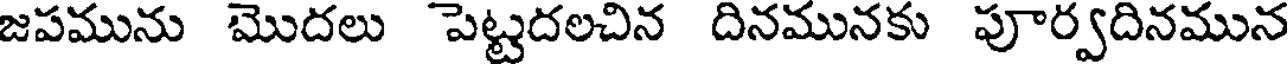
జపమును మొదలు పెట్టదలచిన దినమునకు పూర్వదినమున